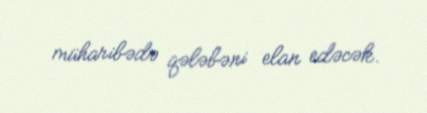
müharibədə qələbəni elan edəcək.